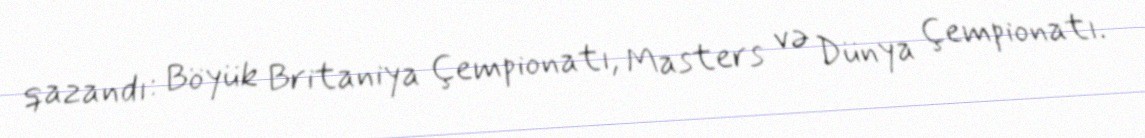
qazandı: Böyük Britaniya Çempionatı, Masters və Dünya Çempionatı.